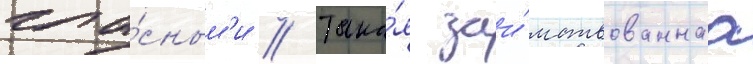
гла́сным'и // Така́я заи́мствованнаа